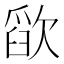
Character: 𰙗